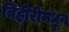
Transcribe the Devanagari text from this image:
विहीरींमधून